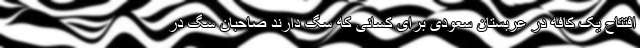
افتتاح یک کافه در عربستان سعودی برای کسانی که سگ دارند صاحبان سگ در